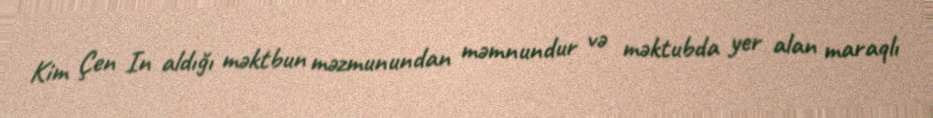
Kim Çen In aldığı məktbun məzmunundan məmnundur və məktubda yer alan maraqlı